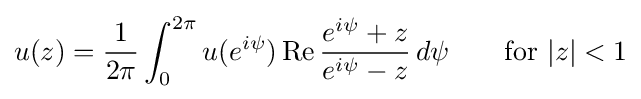
u(z)={\frac {1}{2\pi }}\int _{0}^{2\pi }u(e^{i\psi })\operatorname {Re} {e^{i\psi }+z \over e^{i\psi }-z}\,d\psi \qquad {\text{for }}|z|<1